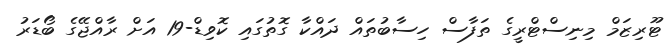
ޓޫރިޒަމް މިނިސްޓްރީގެ ތަފާސް ހިސާބުތައް ދައްކާ ގޮތުގައި ކޮވިޑް-19 އަށް ރާއްޖޭގެ ބޯޑަރު